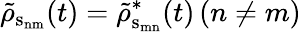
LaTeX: \tilde{\rho}_{\mathrm{s_{nm}}}(t)=\tilde{\rho}_{\mathrm{s_{mn}}}^{*}(t)\, (n\neq m)